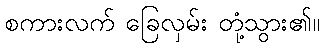
စကားလက် ခြေလှမ်း တုံ့သွား၏။